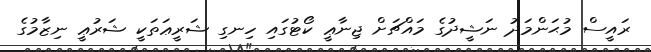
ރައީސް މުޙަންމަދު ނަޝީދުގެ މައްޗަށް ޖިނާޢީ ކޯޓުގައި ހިނގި ޝަރީޢަތަކީ ޝަރުޢީ ނިޒާމުގެ